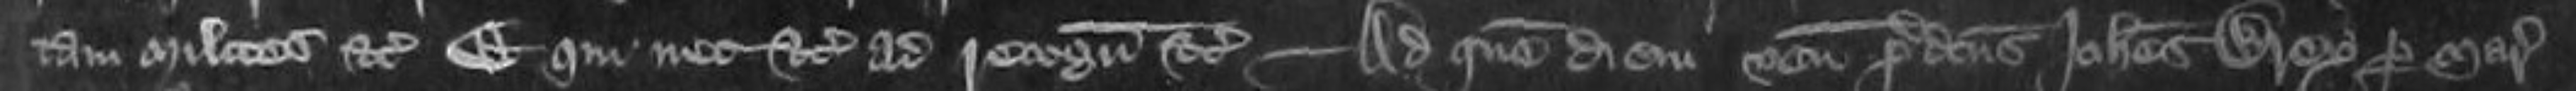
tam milites etc Et qui nec etc ad recognoscendum etc Ad quem diem venit predictus Johannes Wrey per Marescalsiam